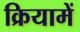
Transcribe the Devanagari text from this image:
क्रियामें